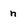
Character: h